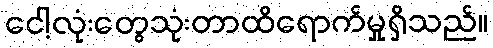
ငေါ့လုံးတွေသုံးတာထိရောက်မှုရှိသည်။